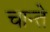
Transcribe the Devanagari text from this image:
चान्ते